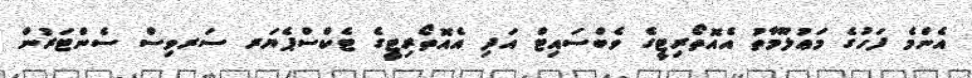
އެންމެ ފަހުގެ މަޢުލޫމާތު އެއޮތޯރިޓީގެ ވެބްސައިޓް އަދި އެއޮތޯރިޓީގެ ޓެކްސްޕެޔަރ ސަރވިސް ސެންޓަރުން